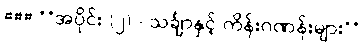
### **အပိုင်း (၂) - သင်္ချာနှင့် ကိန်းဂဏန်းများ**